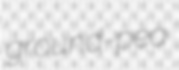
ground-pea